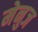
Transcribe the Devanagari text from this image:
मेनुज